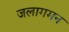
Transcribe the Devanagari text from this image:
जलागमन